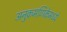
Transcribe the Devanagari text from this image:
अनुक्रमणिकेमध्ये